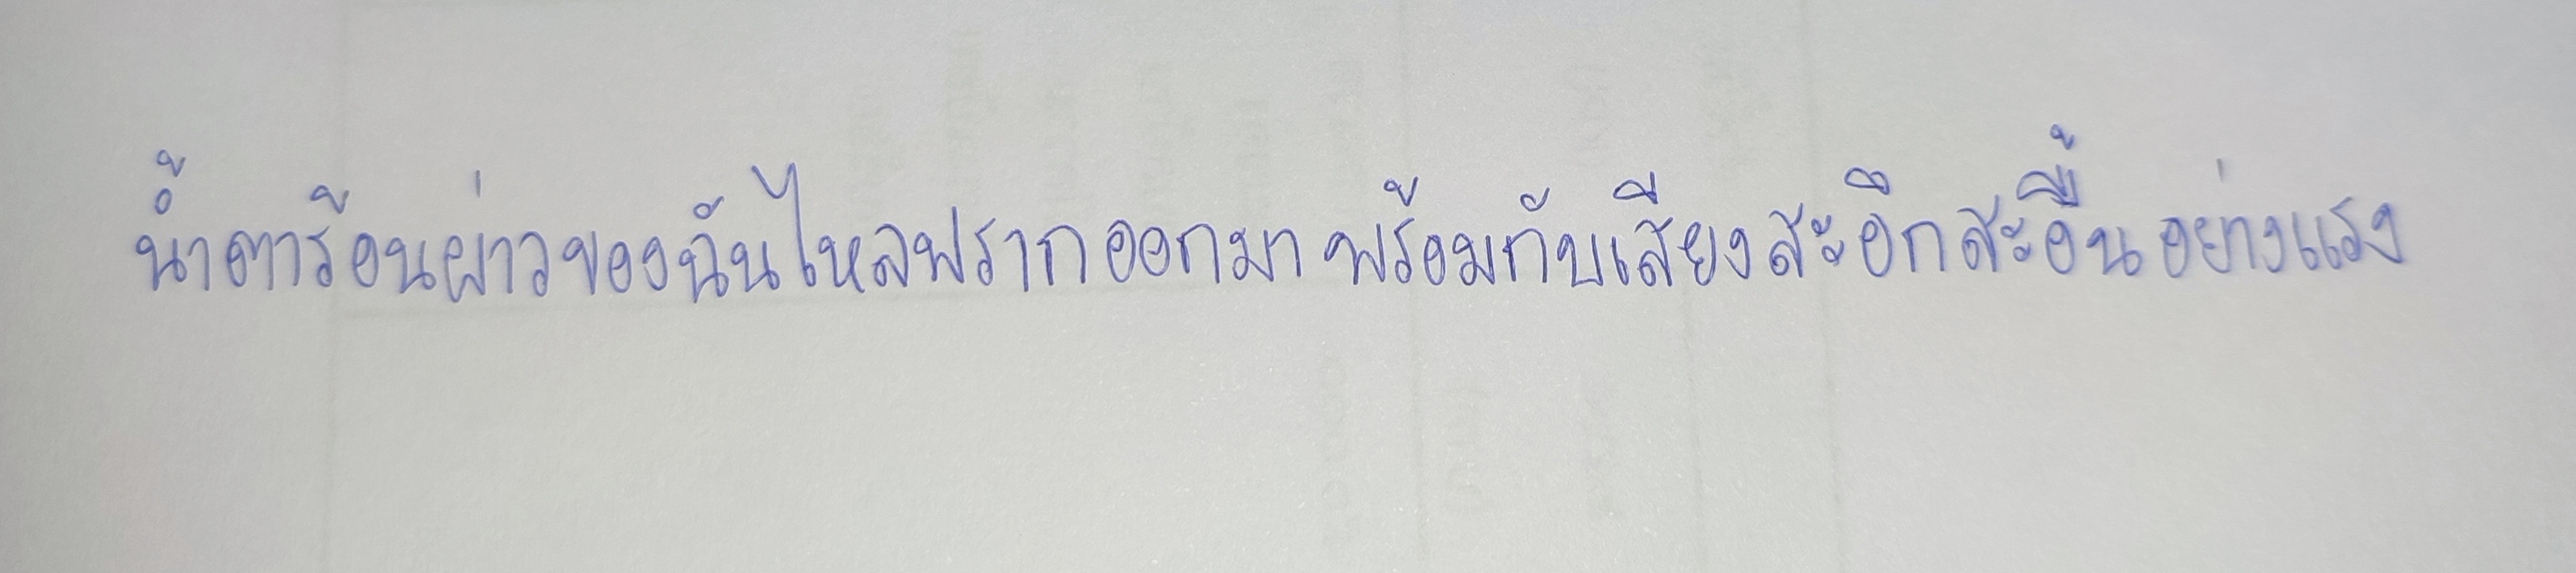
น้ำตาร้อนผ่าวของฉันไหลพรากออกมาพร้อมกับเสียงสะอึกสะอื้นอย่างแรง